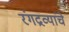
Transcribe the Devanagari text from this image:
रंगद्रव्यांचे